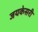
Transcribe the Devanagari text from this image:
जयकेसरी